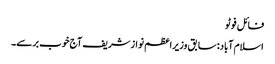
فائل فوٹو
اسلام آباد: سابق وزیراعظم نوازشریف آج خوب برسے۔